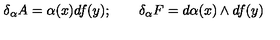
\delta _ { \alpha } A = \alpha ( x ) d f ( y ) ; \qquad \delta _ { \alpha } F = d \alpha ( x ) \wedge d f ( y )